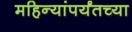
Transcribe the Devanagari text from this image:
महिन्यांपर्यंतच्या